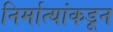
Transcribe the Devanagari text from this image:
निर्मात्यांकडून